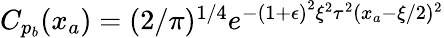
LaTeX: \begin{array}{r}{C_{p_{b}}(x_{a})=(2/\pi)^{1/4}e^{-\left(1+\epsilon\right)^{2}\xi^{2}\tau^{2}(x_{a}-\xi/2)^{2}}}\end{array}